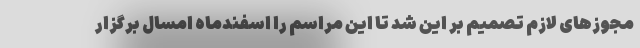
مجوزهای لازم تصمیم بر این شد تا این مراسم را اسفندماه امسال برگزار